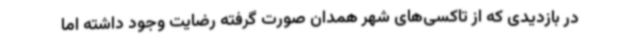
در بازدیدی که از تاکسی‌های شهر همدان صورت گرفته رضایت وجود داشته اما